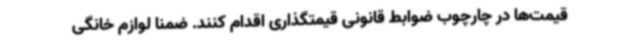
قیمت‌ها در چارچوب ضوابط قانونی قیمتگذاری اقدام کنند. ضمنا لوازم خانگی